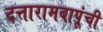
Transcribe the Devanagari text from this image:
दत्तारामबापूंची